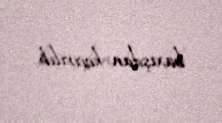
baxışdan keçirilib.